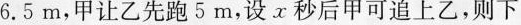
6.5m，甲让乙先跑5m，设x秒后甲可追上乙，则下